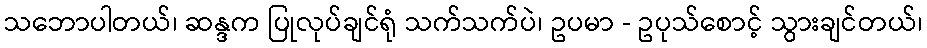
သဘောပါတယ်၊ ဆန္ဒက ပြုလုပ်ချင်ရုံ သက်သက်ပဲ၊ ဥပမာ - ဥပုသ်စောင့် သွားချင်တယ်၊